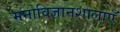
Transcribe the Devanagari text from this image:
मनोविज्ञानशालाएँ